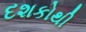
દશકોથી